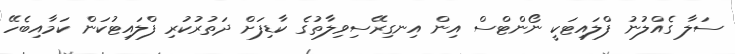
ސަލާ ގެއްލުނު ފްލައިޓަކީ ނޯންޓްސް އިން އިނގިރޭސިވިލާތުގެ ކާޑިފަށް ދަތުރުކުރި ފްލައިޓުކަން ކަމާއިބެހޭ